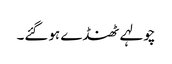
چولہے ٹھنڈے ہوگئے۔